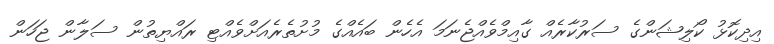
އިދިކޮޅު ކޯލިޝަންގެ ސަރުކާރެއް ގާއިމްވެއްޖެނަމަ އެހެން ބައެއްގެ މުށުތެރެއަށްވެއްޓި ރައްޔިތުން ސަލާން ޖަހަން